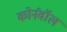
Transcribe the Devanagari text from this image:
कोर्नवॉल